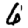
Digit: 6